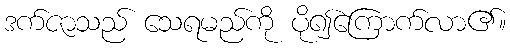
ဒက်ဇာသည် သေရမည်ကို ပို၍ကြောက်လာ၏။